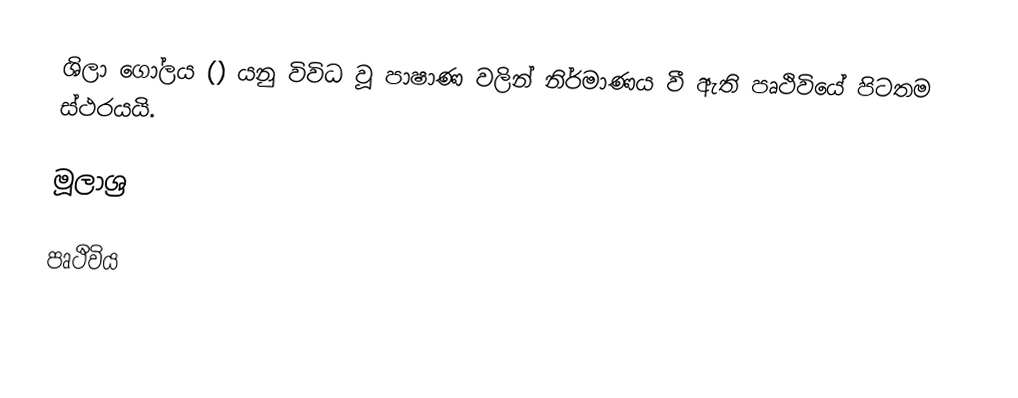
ශිලා ගෝලය () යනු විවිධ වූ පාෂාණ වලින් නිර්මාණය වී ඇති පෘථිවියේ පිටතම ස්ථරයයි.

මූලාශ්‍ර

පෘථිවිය